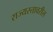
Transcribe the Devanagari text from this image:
राज्यस्तावरील